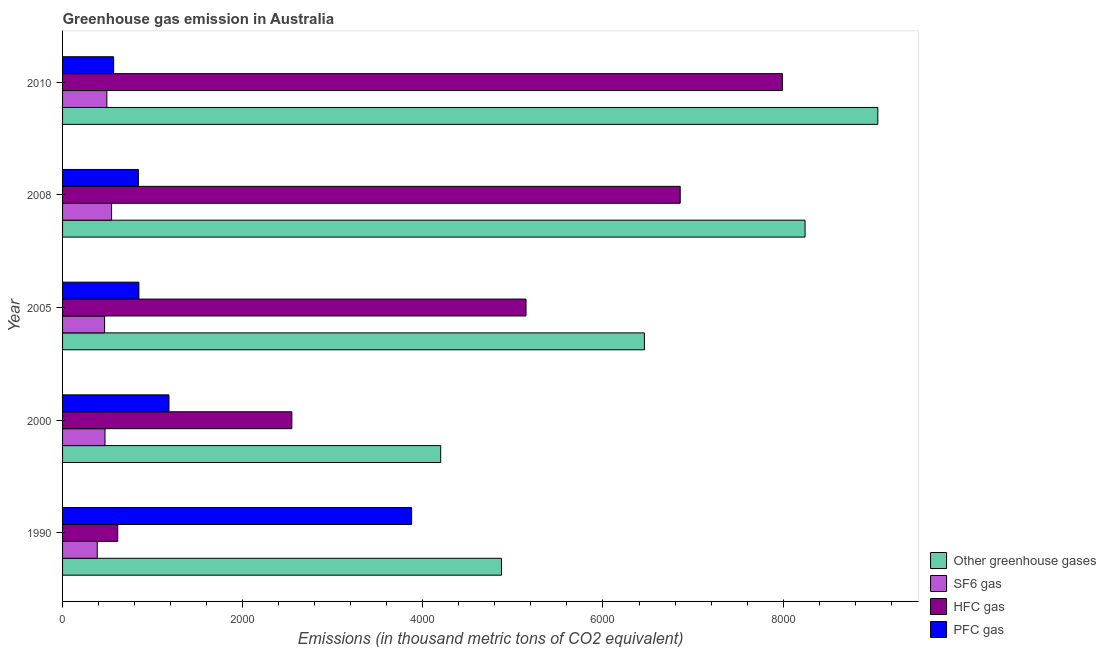
| Year | Other greenhouse gases | SF6 gas | HFC gas | PFC gas |
 | --- | --- | --- | --- | --- |
 | 1990 | 4.87e+03 | 385 | 612 | 3.88e+03 |
 | 2000 | 4.2e+03 | 471 | 2.55e+03 | 1.18e+03 |
 | 2005 | 6.46e+03 | 467 | 5.15e+03 | 847 |
 | 2008 | 8.24e+03 | 544 | 6.86e+03 | 842 |
 | 2010 | 9.05e+03 | 492 | 7.99e+03 | 567 |